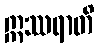
ဣဿရာတိ